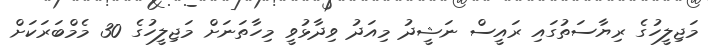
މަޖިލީހުގެ ރިޔާސަތުގައި ރައީސް ނަޝީދު މިއަދު ވިދާޅުވީ މިހާތަނަަށް މަޖިލީހުގެ 30 މެމްބަރަކަށް